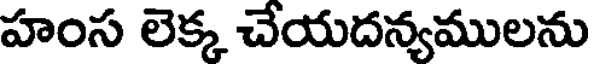
హంస లెక్క చేయదన్యములను